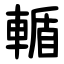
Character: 輴